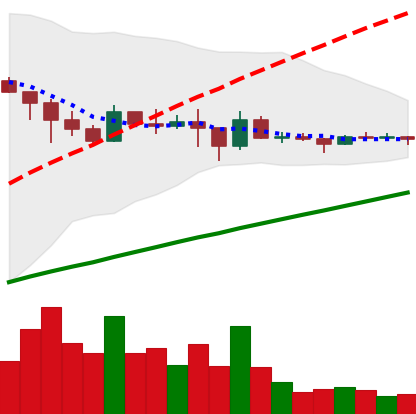
Ticker: DOGE-USD
Chart end date: 2021-03-04
Forward return: 15.885%
Label: up_7plus